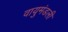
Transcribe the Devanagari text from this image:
वायुमंडली